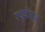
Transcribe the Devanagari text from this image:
रघुवीराने